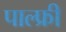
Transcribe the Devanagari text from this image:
पाल्फ्री